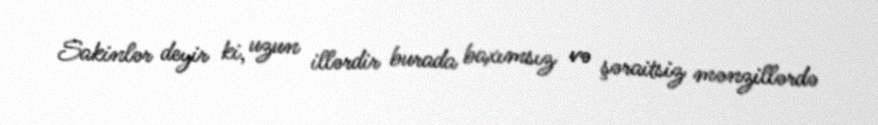
Sakinlər deyir ki, uzun illərdir burada baxımsız və şəraitsiz mənzillərdə